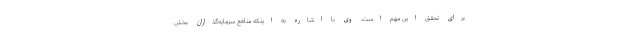
برای تحقق این مهم است. وی با اشاره به اینکه منافع سرمایه‌گذاران بخش